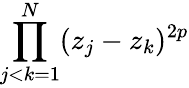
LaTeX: \prod_{j<k=1}^{N}(z_{j}-z_{k})^{2p}